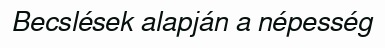
Becslések alapján a népesség